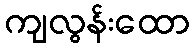
ကျလွန်းထော